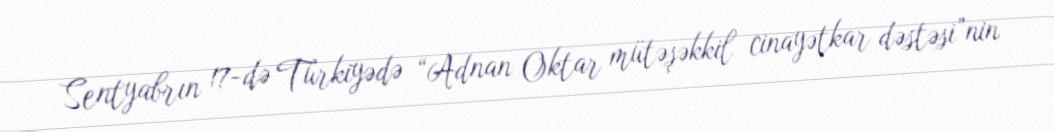
Sentyabrın 17-də Türkiyədə “Adnan Oktar mütəşəkkil cinayətkar dəstəsi”nin